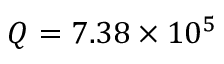
Q = 7 . 3 8 \times 1 0 ^ { 5 }